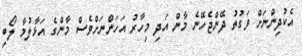
އެކުދިންނަށް ވަގުތު ދޭންޖެހޭނެ މާން އަދި މިހާރު އަހަންނަށްވެސް މާންގެ އަޅާލުމާ ލޯބި